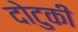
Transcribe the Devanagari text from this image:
दोटुकी